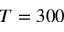
T = 3 0 0